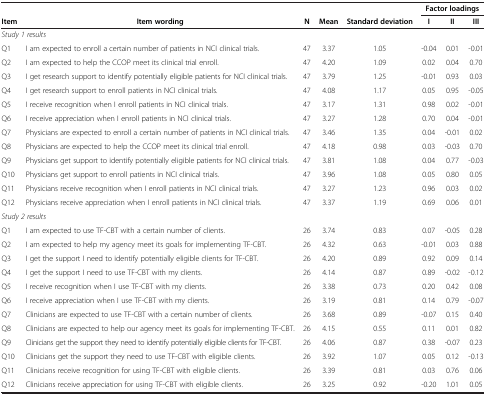
<table><thead><tr><td><b> </b></td><td><b> </b></td><td><b> </b></td><td><b> </b></td><td><b> </b></td><td colspan="3"><b>Factor loadings</b></td></tr><tr><td><b>Item</b></td><td><b>Item wording</b></td><td><b>N</b></td><td><b>Mean</b></td><td><b>Standard deviation</b></td><td><b>I</b></td><td><b>II</b></td><td><b>III</b></td></tr></thead><tbody><tr><td colspan="8"><i>Study 1 results</i></td></tr><tr><td>Q1</td><td>I am expected to enroll a certain number of patients in NCI clinical trials.</td><td>47</td><td>3.37</td><td>1.05</td><td>-0.04</td><td>0.01</td><td>-0.01</td></tr><tr><td>Q2</td><td>I am expected to help the CCOP meet its clinical trial enroll.</td><td>47</td><td>4.20</td><td>1.09</td><td>0.02</td><td>0.04</td><td>0.70</td></tr><tr><td>Q3</td><td>I get research support to identify potentially eligible patients for NCI clinical trials.</td><td>47</td><td>3.79</td><td>1.25</td><td>-0.01</td><td>0.93</td><td>0.03</td></tr><tr><td>Q4</td><td>I get research support to enroll patients in NCI clinical trials.</td><td>47</td><td>4.08</td><td>1.17</td><td>0.05</td><td>0.95</td><td>-0.05</td></tr><tr><td>Q5</td><td>I receive recognition when I enroll patients in NCI clinical trials.</td><td>47</td><td>3.17</td><td>1.31</td><td>0.98</td><td>0.02</td><td>-0.01</td></tr><tr><td>Q6</td><td>I receive appreciation when I enroll patients in NCI clinical trials.</td><td>47</td><td>3.27</td><td>1.28</td><td>0.70</td><td>0.04</td><td>-0.01</td></tr><tr><td>Q7</td><td>Physicians are expected to enroll a certain number of patients in NCI clinical trials.</td><td>47</td><td>3.46</td><td>1.35</td><td>0.04</td><td>-0.01</td><td>0.02</td></tr><tr><td>Q8</td><td>Physicians are expected to help the CCOP meet its clinical trial enroll.</td><td>47</td><td>4.18</td><td>0.98</td><td>0.03</td><td>-0.03</td><td>0.70</td></tr><tr><td>Q9</td><td>Physicians get support to identify potentially eligible patients for NCI clinical trials.</td><td>47</td><td>3.81</td><td>1.08</td><td>0.04</td><td>0.77</td><td>-0.03</td></tr><tr><td>Q10</td><td>Physicians get support to enroll patients in NCI clinical trials.</td><td>47</td><td>3.96</td><td>1.08</td><td>0.05</td><td>0.80</td><td>0.05</td></tr><tr><td>Q11</td><td>Physicians receive recognition when I enroll patients in NCI clinical trials.</td><td>47</td><td>3.27</td><td>1.23</td><td>0.96</td><td>0.03</td><td>0.02</td></tr><tr><td>Q12</td><td>Physicians receive appreciation when I enroll patients in NCI clinical trials.</td><td>47</td><td>3.37</td><td>1.19</td><td>0.69</td><td>0.06</td><td>0.01</td></tr><tr><td colspan="8"><i>Study 2 results</i></td></tr><tr><td>Q1</td><td>I am expected to use TF-CBT with a certain number of clients.</td><td>26</td><td>3.74</td><td>0.83</td><td>0.07</td><td>-0.05</td><td>0.28</td></tr><tr><td>Q2</td><td>I am expected to help my agency meet its goals for implementing TF-CBT.</td><td>26</td><td>4.32</td><td>0.63</td><td>-0.01</td><td>0.03</td><td>0.88</td></tr><tr><td>Q3</td><td>I get the support I need to identify potentially eligible clients for TF-CBT.</td><td>26</td><td>4.20</td><td>0.89</td><td>0.92</td><td>0.09</td><td>0.14</td></tr><tr><td>Q4</td><td>I get the support I need to use TF-CBT with my clients.</td><td>26</td><td>4.14</td><td>0.87</td><td>0.89</td><td>-0.02</td><td>-0.12</td></tr><tr><td>Q5</td><td>I receive recognition when I use TF-CBT with my clients.</td><td>26</td><td>3.38</td><td>0.73</td><td>0.20</td><td>0.42</td><td>0.08</td></tr><tr><td>Q6</td><td>I receive appreciation when I use TF-CBT with my clients.</td><td>26</td><td>3.19</td><td>0.81</td><td>0.14</td><td>0.79</td><td>-0.07</td></tr><tr><td>Q7</td><td>Clinicians are expected to use TF-CBT with a certain number of clients.</td><td>26</td><td>3.68</td><td>0.89</td><td>-0.07</td><td>0.15</td><td>0.40</td></tr><tr><td>Q8</td><td>Clinicians are expected to help our agency meet its goals for implementing TF-CBT.</td><td>26</td><td>4.15</td><td>0.55</td><td>0.11</td><td>0.01</td><td>0.82</td></tr><tr><td>Q9</td><td>Clinicians get the support they need to identify potentially eligible clients for TF-CBT.</td><td>26</td><td>4.06</td><td>0.87</td><td>0.38</td><td>-0.07</td><td>0.23</td></tr><tr><td>Q10</td><td>Clinicians get the support they need to use TF-CBT with eligible clients.</td><td>26</td><td>3.92</td><td>1.07</td><td>0.05</td><td>0.12</td><td>-0.13</td></tr><tr><td>Q11</td><td>Clinicians receive recognition for using TF-CBT with eligible clients.</td><td>26</td><td>3.39</td><td>0.81</td><td>0.03</td><td>0.76</td><td>0.06</td></tr><tr><td>Q12</td><td>Clinicians receive appreciation for using TF-CBT with eligible clients.</td><td>26</td><td>3.25</td><td>0.92</td><td>-0.20</td><td>1.01</td><td>0.05</td></tr></tbody></table>